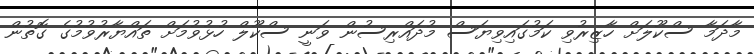
މާދަމާ ސްކޫލަށް ހާޒިރުވި ކަމުގައިވިޔަސް މުދައްރިސުން ވަނީ ސްކޫލް ހުޅުވުމަށް ތައްޔާރުވުމުގެ ގޮތުން